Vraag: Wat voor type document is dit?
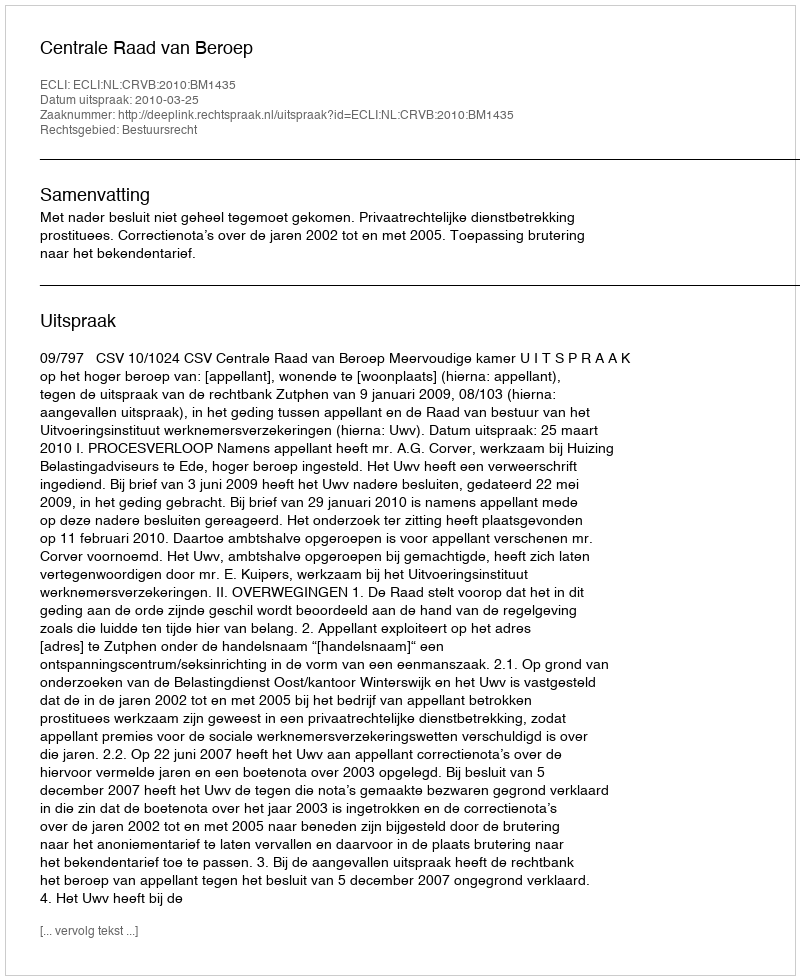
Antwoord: Uitspraak